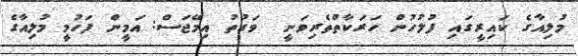
މުލިއާގެ ކައިރީގައި ފުލުހުން ހަރަކާތްތެރިވަނީ  ވަގުތު އިމޭޖަސް: އަމީން ފަހުމީ މުލިއާގެ